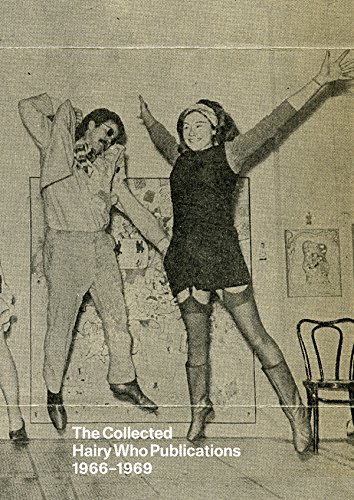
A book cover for The Collected Hairy Who Publications 1966-1969; Arts & Photography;